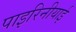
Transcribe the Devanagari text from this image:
पाइरिनीयाई